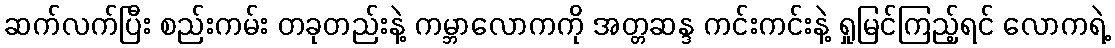
ဆက်လက်ပြီး စည်းကမ်း တခုတည်းနဲ့ ကမ္ဘာလောကကို အတ္တဆန္ဒ ကင်းကင်းနဲ့ ရှုမြင်ကြည့်ရင် လောကရဲ့